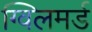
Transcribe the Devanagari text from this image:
ग्विलमर्ड